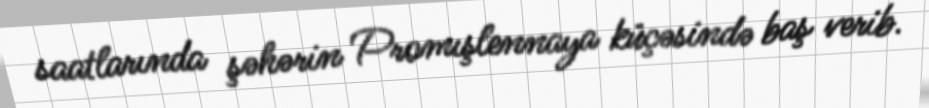
saatlarında şəhərin Promışlennaya küçəsində baş verib.